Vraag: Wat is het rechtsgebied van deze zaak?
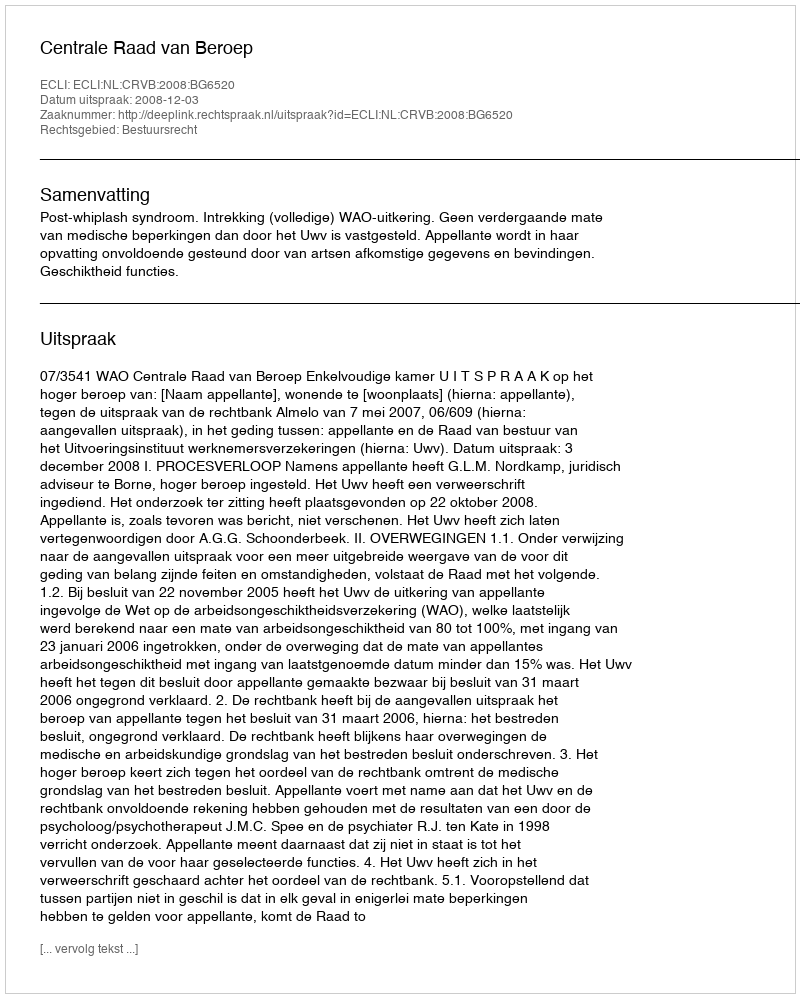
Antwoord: Bestuursrecht